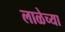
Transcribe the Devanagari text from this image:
लाळेच्या